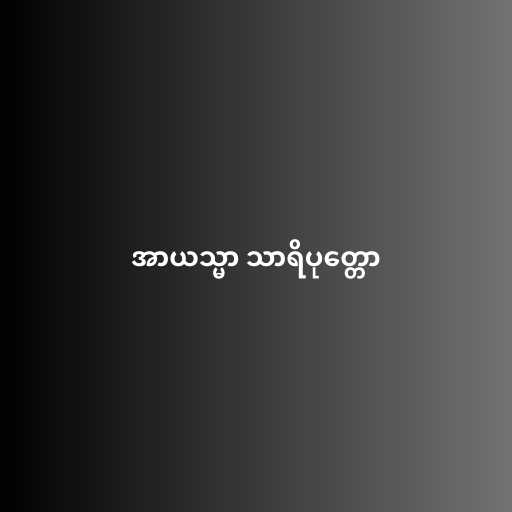
အာယသ္မာ သာရိပုတ္တော